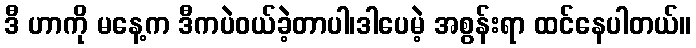
ဒီ ဟာကို မနေ့က ဒီကပဲဝယ်ခဲ့တာပါ၊ဒါပေမဲ့ အစွန်းရာ ထင်နေပါတယ်။